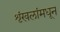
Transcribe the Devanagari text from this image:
शृंखलांमधून